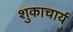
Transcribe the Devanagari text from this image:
शुकाचार्य